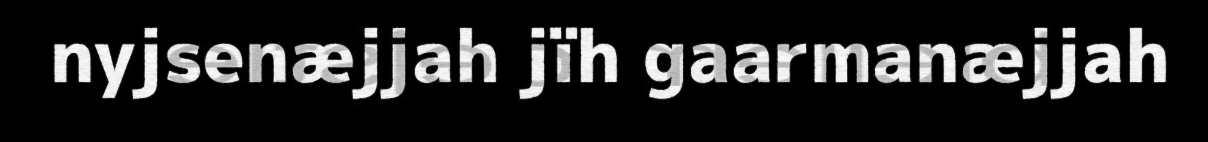
nyjsenæjjah jïh gaarmanæjjah